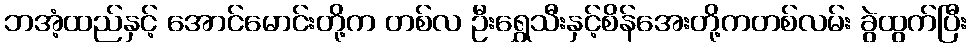
ဘအံ့ထည်နှင့် အောင်မောင်းတို့က တစ်လ ဦးရွှေသီးနှင့်စိန်အေးတို့ကတစ်လမ်း ခွဲထွက်ပြီး